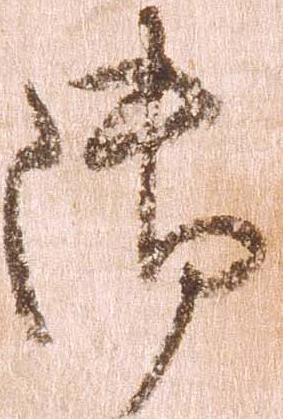
御